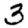
Digit: 3